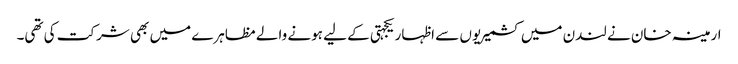
ارمینہ خان نے لندن میں کشمیریوں سے اظہار یکجہتی کے لیے ہونے والے مظاہرے میں بھی شرکت کی تھی۔